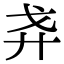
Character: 𢌵